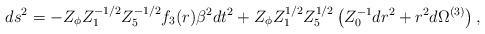
LaTeX: \begin{align*}ds^2 = - Z_{\phi} Z_1^{-1/2}Z_5^{-1/2} f_3 (r) \beta^2 dt^2 + Z_{\phi} Z_1^{1/2}Z_5^{1/2}\left(Z_0^{-1} dr^2+ r^2 d\Omega^{(3)} \right), \end{align*}